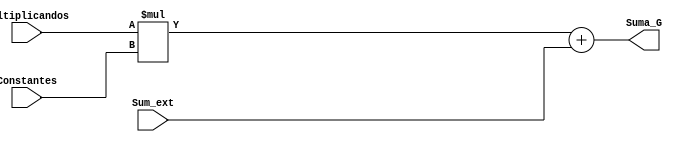
`timescale 1ns / 1ps
//////////////////////////////////////////////////////////////////////////////////
// Company: 
// 
// Design Name: 
// Module Name:    Sumador 
// Project Name: 
// Target Devices: 
// Tool versions: 
// Description: 
//
// Dependencies: 
//
// Revision: 
// Revision 0.01 - File Created
// Additional Comments: 
//
//////////////////////////////////////////////////////////////////////////////////
module Sumador #(parameter N = 25 /* Valor de N*/)(
	input wire signed [2*N-1:0] Sum_ext,
	input wire signed [N-1:0] Multiplicandos,Constantes,
   output wire signed [2*N-1:0] Suma_G
	);

wire signed [2*N-1:0] resultado_parcial; 

assign Suma_G = (Multiplicandos*Constantes + Sum_ext);


endmodule